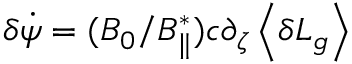
\delta \dot { \psi } = ( B _ { 0 } / B _ { \parallel } ^ { * } ) c \partial _ { \zeta } \left\langle \delta L _ { g } \right\rangle